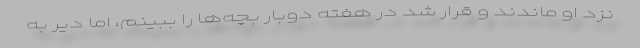
نزد او ماندند و قرار شد در هفته دوبار بچه‌ها را ببینم، اما دیر به